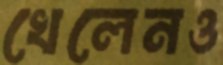
খেলেনও